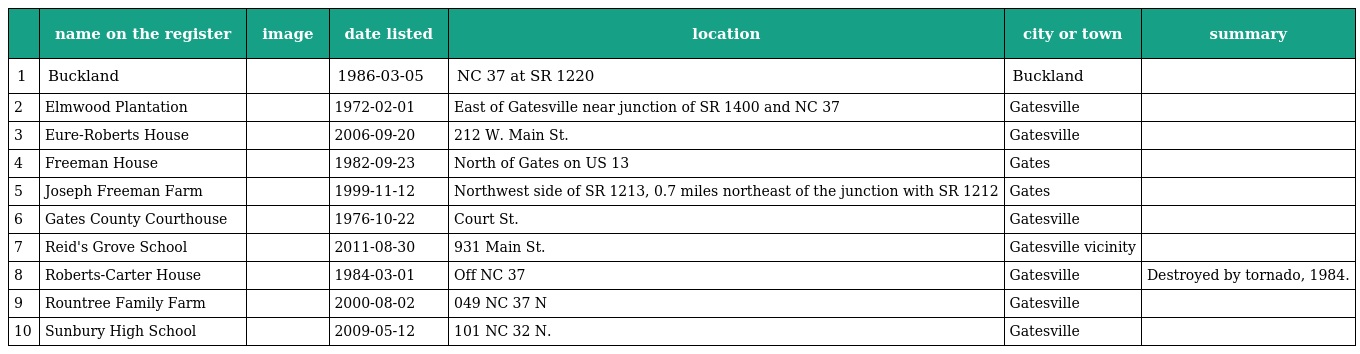
|  | name on the register | image | date listed | location | city or town | summary |
 | --- | --- | --- | --- | --- | --- | --- |
 | 1 | Buckland |  | 1986-03-05 | NC 37 at SR 1220 | Buckland |  |
 | 2 | Elmwood Plantation |  | 1972-02-01 | East of Gatesville near junction of SR 1400 and NC 37 | Gatesville |  |
 | 3 | Eure-Roberts House |  | 2006-09-20 | 212 W. Main St. | Gatesville |  |
 | 4 | Freeman House |  | 1982-09-23 | North of Gates on US 13 | Gates |  |
 | 5 | Joseph Freeman Farm |  | 1999-11-12 | Northwest side of SR 1213, 0.7 miles northeast of the junction with SR 1212 | Gates |  |
 | 6 | Gates County Courthouse |  | 1976-10-22 | Court St. | Gatesville |  |
 | 7 | Reid's Grove School |  | 2011-08-30 | 931 Main St. | Gatesville vicinity |  |
 | 8 | Roberts-Carter House |  | 1984-03-01 | Off NC 37 | Gatesville | Destroyed by tornado, 1984. |
 | 9 | Rountree Family Farm |  | 2000-08-02 | 049 NC 37 N | Gatesville |  |
 | 10 | Sunbury High School |  | 2009-05-12 | 101 NC 32 N. | Gatesville |  |